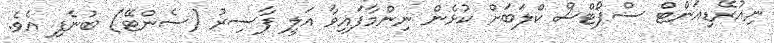
ނިއުރޭޑިއަންޓް ސްޕޯޓްސް ކްލަބަށް ކުޅެން ނިންމާފައިވާ އަލީ ފާސިރު (ސެންޓޭ) ބުނެފި އެވެ.